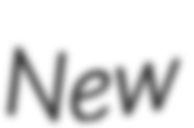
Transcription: New